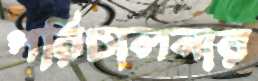
পরিচালনার